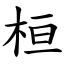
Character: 桓